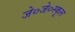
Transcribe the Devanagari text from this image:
जे०जे०स्कूल